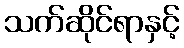
သက်ဆိုင်ရာနှင့်